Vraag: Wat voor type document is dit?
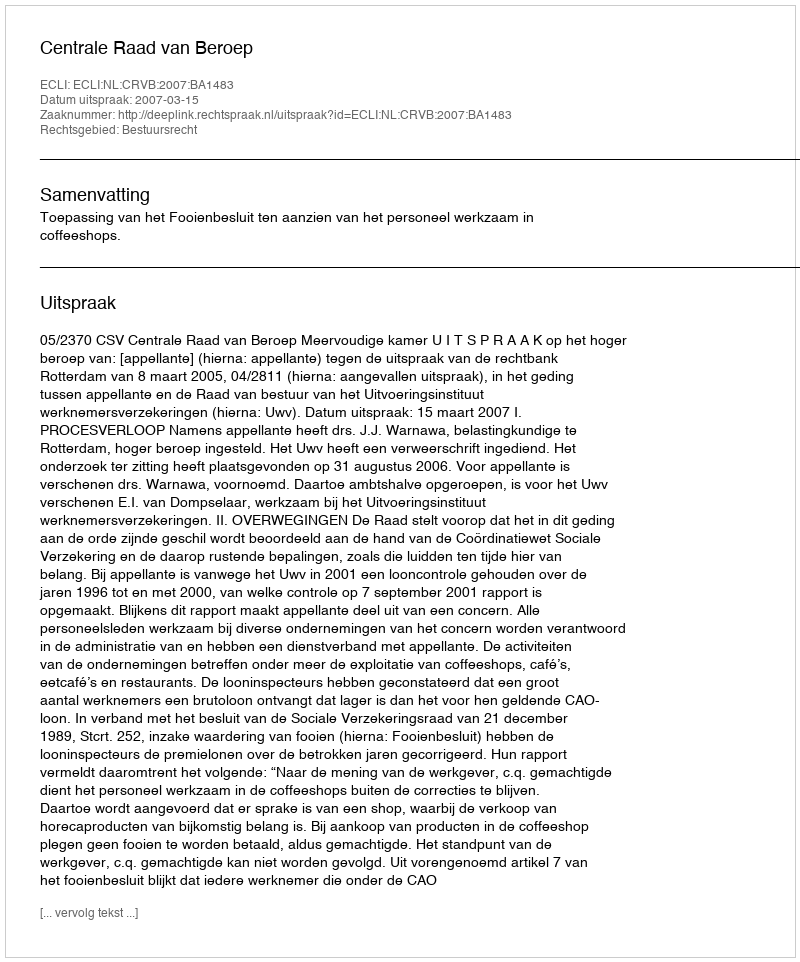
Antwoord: Uitspraak